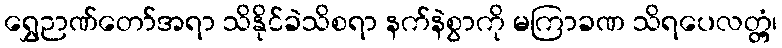
ရွှေဉာဏ်တော်အရာ သိနိုင်ခဲသိစရာ နက်နဲစွာကို မကြာခဏ သိရပေလတ္တံ့၊